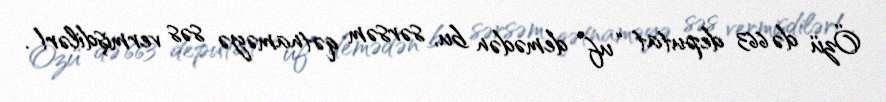
Özü də 663 deputat “uf” demədən bu, sərsəm qətnaməyə səs vermişdilər!.